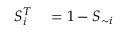
\begin{array} { r l } { S _ { i } ^ { T } } & { { } = 1 - S _ { \sim i } } \end{array}